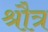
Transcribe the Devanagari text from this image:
श्रौत्र